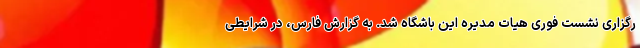
رگزاری نشست فوری هیات مدیره این باشگاه شد. به گزارش فارس، در شرایطی